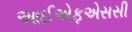
આઈએફએસસી